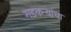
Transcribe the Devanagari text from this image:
गडकऱ्यांचा